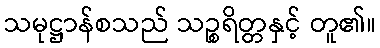
သမုဋ္ဌာန်စသည် သဉ္စရိတ္တနှင့် တူ၏။